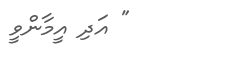
" އަދި އީމާންވީ